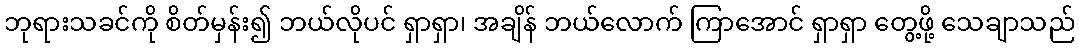
ဘုရားသခင်ကို စိတ်မှန်း၍ ဘယ်လိုပင် ရှာရှာ၊ အချိန် ဘယ်လောက် ကြာအောင် ရှာရှာ တွေ့ဖို့ သေချာသည်